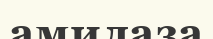
амилаза